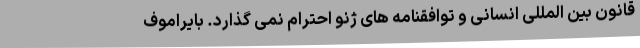
قانون بین المللی انسانی و توافقنامه های ژنو احترام نمی گذارد. بایراموف